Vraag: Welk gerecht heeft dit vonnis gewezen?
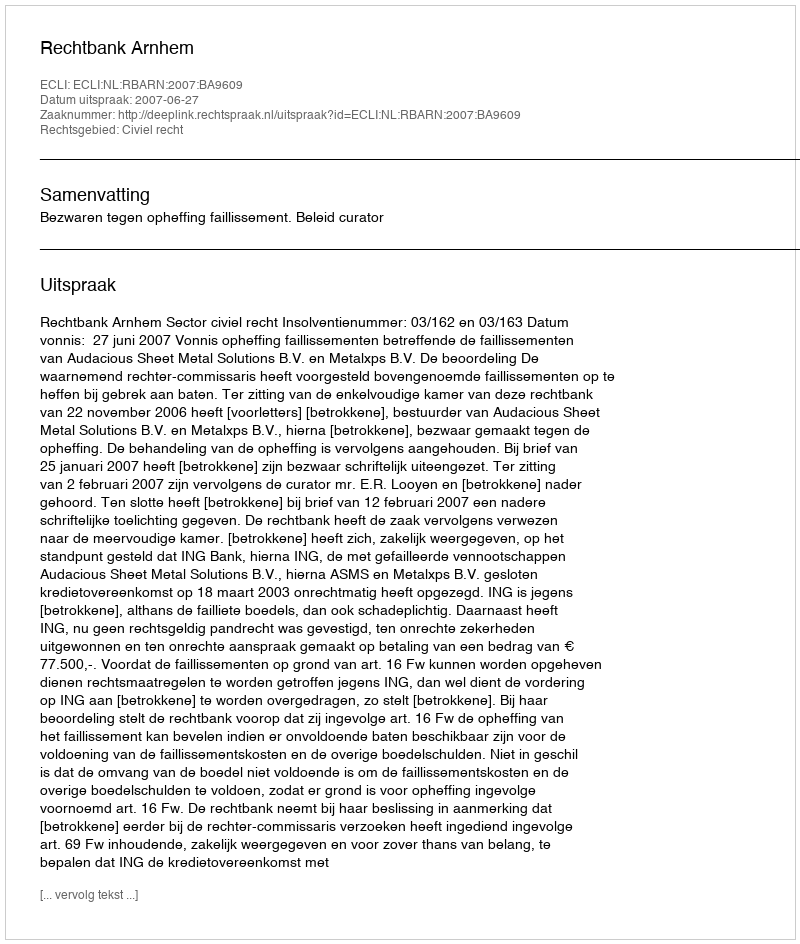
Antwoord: Rechtbank Arnhem